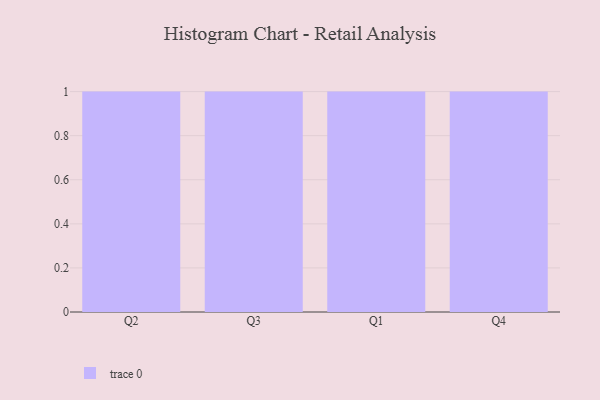
{"axis": {"x": "Quarter", "y": "Conversion Rate (%)"}, "legend": [""], "data": [{"x": "Q2", "y": 75, "type": ""}, {"x": "Q3", "y": 15, "type": ""}, {"x": "Q1", "y": 33, "type": ""}, {"x": "Q4", "y": 88, "type": ""}]}